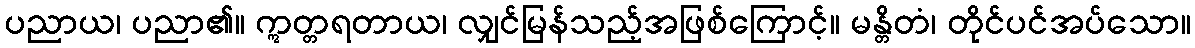
ပညာယ၊ ပညာ၏။ ဣတ္တရတာယ၊ လျှင်မြန်သည့်အဖြစ်ကြောင့်။ မန္တိတံ၊ တိုင်ပင်အပ်သော။